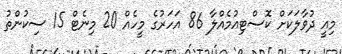
މިއީ ދުވާލަކަށް ކޮސްޓިއުމެއްލާ 86 އަހަރުގެ މީހެއް 20 މިނެޓް 15 ސިކުންތު